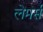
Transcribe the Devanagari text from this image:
लेमर्स